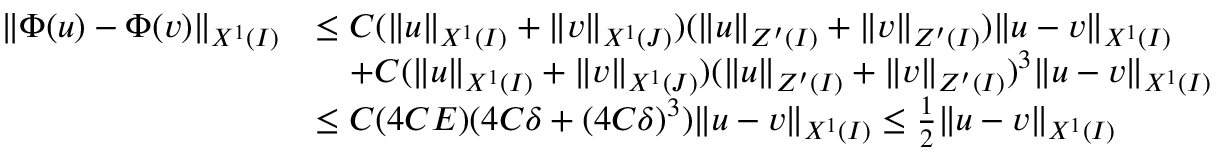
\begin{array} { r l } { \| \Phi ( u ) - \Phi ( v ) \| _ { X ^ { 1 } ( I ) } } & { \leq C ( \| u \| _ { X ^ { 1 } ( I ) } + \| v \| _ { X ^ { 1 } ( J ) } ) ( \| u \| _ { Z ^ { \prime } ( I ) } + \| v \| _ { Z ^ { \prime } ( I ) } ) \| u - v \| _ { X ^ { 1 } ( I ) } } \\ & { \quad + C ( \| u \| _ { X ^ { 1 } ( I ) } + \| v \| _ { X ^ { 1 } ( J ) } ) ( \| u \| _ { Z ^ { \prime } ( I ) } + \| v \| _ { Z ^ { \prime } ( I ) } ) ^ { 3 } \| u - v \| _ { X ^ { 1 } ( I ) } } \\ & { \leq C ( 4 C E ) ( 4 C \delta + ( 4 C \delta ) ^ { 3 } ) \| u - v \| _ { X ^ { 1 } ( I ) } \leq \frac { 1 } { 2 } \| u - v \| _ { X ^ { 1 } ( I ) } } \end{array}